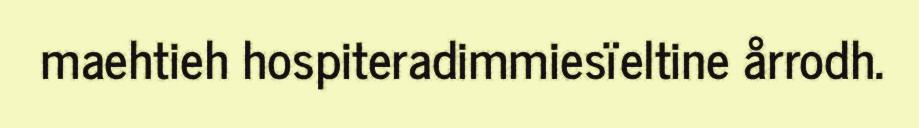
maehtieh hospiteradimmiesïeltine årrodh.